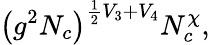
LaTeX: \left(g^{2}N_{c}\right)^{\frac 12V_{3}+V_{4}}N_{c}^{\chi},